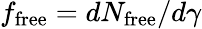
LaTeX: f_{\mathrm{free}}=dN_{\mathrm{free}}/d\gamma